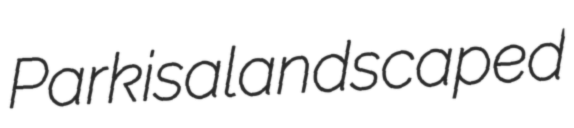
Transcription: Park is a landscaped